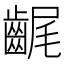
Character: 𪘣